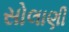
સોલાણી